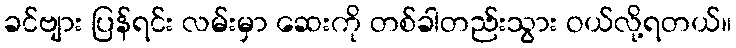
ခင်ဗျား ပြန်ရင်း လမ်းမှာ ဆေးကို တစ်ခါတည်းသွား ဝယ်လို့ရတယ်။